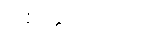
ပါစိတ္တိယာဒိပဉှာ